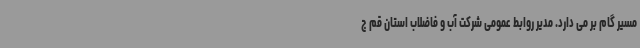
مسیر گام بر می دارد. مدیر روابط عمومی شرکت آب و فاضلاب استان قم ج